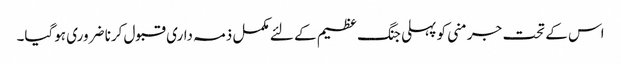
اس کے تحت جرمنی کو پہلی جنگ ‏عظیم کے لئے مکمل ذمہ داری قبول کرنا ضروری ہوگیا۔